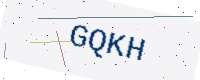
Text: GQKH